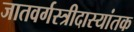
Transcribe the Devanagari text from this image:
जातवर्गस्त्रीदास्यांतक